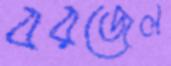
বরজেল